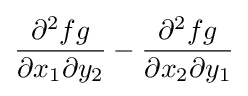
{\frac {\partial ^{2}fg}{\partial x_{1}\partial y_{2}}}-{\frac {\partial ^{2}fg}{\partial x_{2}\partial y_{1}}}